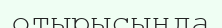
отырысында